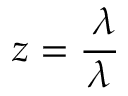
z = \frac { \triangledown \lambda } { \lambda }